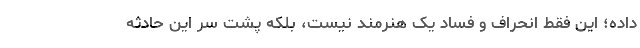
داده؛ این فقط انحراف و فساد یک هنرمند نیست، بلکه پشت سر این حادثه